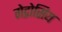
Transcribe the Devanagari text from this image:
गेद्रोसिय